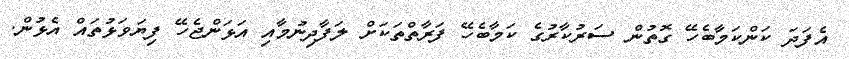
އެފަދަ ކަންކަމާބެހޭ ގޮތުން ސަރުކާރުގެ ކަމާބެހޭ ފަރާތްތަކަށް ލަފާދިނުމާއި އަޅަންޖެހޭ ފިޔަވަޅުތައް އެޅުން.